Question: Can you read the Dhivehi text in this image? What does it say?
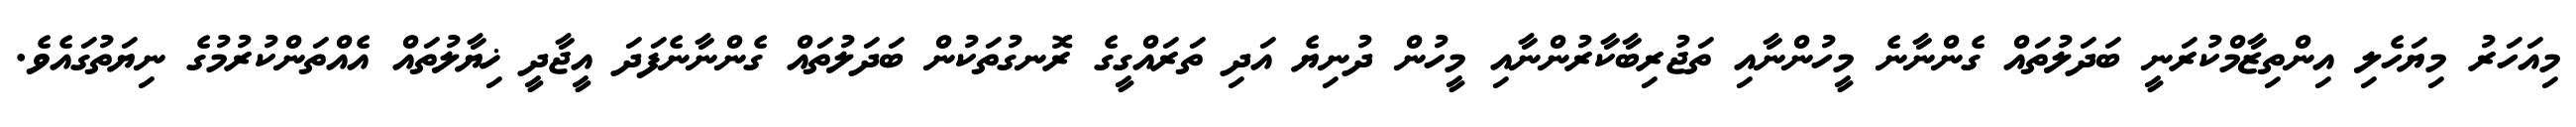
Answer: މިއަހަރު މިޔަހެލި އިންތިޒާމްކުރަނީ ބަދަލުތައް ގެންނާނެ މީހުންނާއި ތަޖުރިބާކާރުންނާއި މީހުން ދުނިޔެ އަދި ތަރައްގީގެ ރޮނގުތަކުން ބަދަލުތައް ގެންނާނެފަދަ އީޖާދީ ޚިޔާލުތައް އެއްތަންކުރުމުގެ ނިޔަތުގައެވެ.